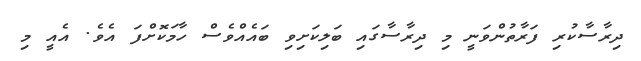
ދިރާސާކުރި ފަރާތުންވަނީ މި ދިރާސާގައި ބަލިކަށިވި ބައެެއްވެސް ހާމަކޮށްފަ އެވެ. އެއީ މި